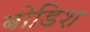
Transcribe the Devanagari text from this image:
बोडिश